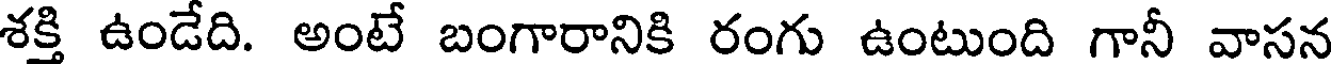
శక్తి ఉండేది. అంటే బంగారానికి రంగు ఉంటుంది గానీ వాసన